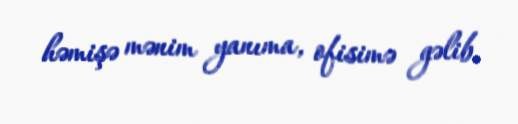
həmişə mənim yanıma, ofisimə gəlib.